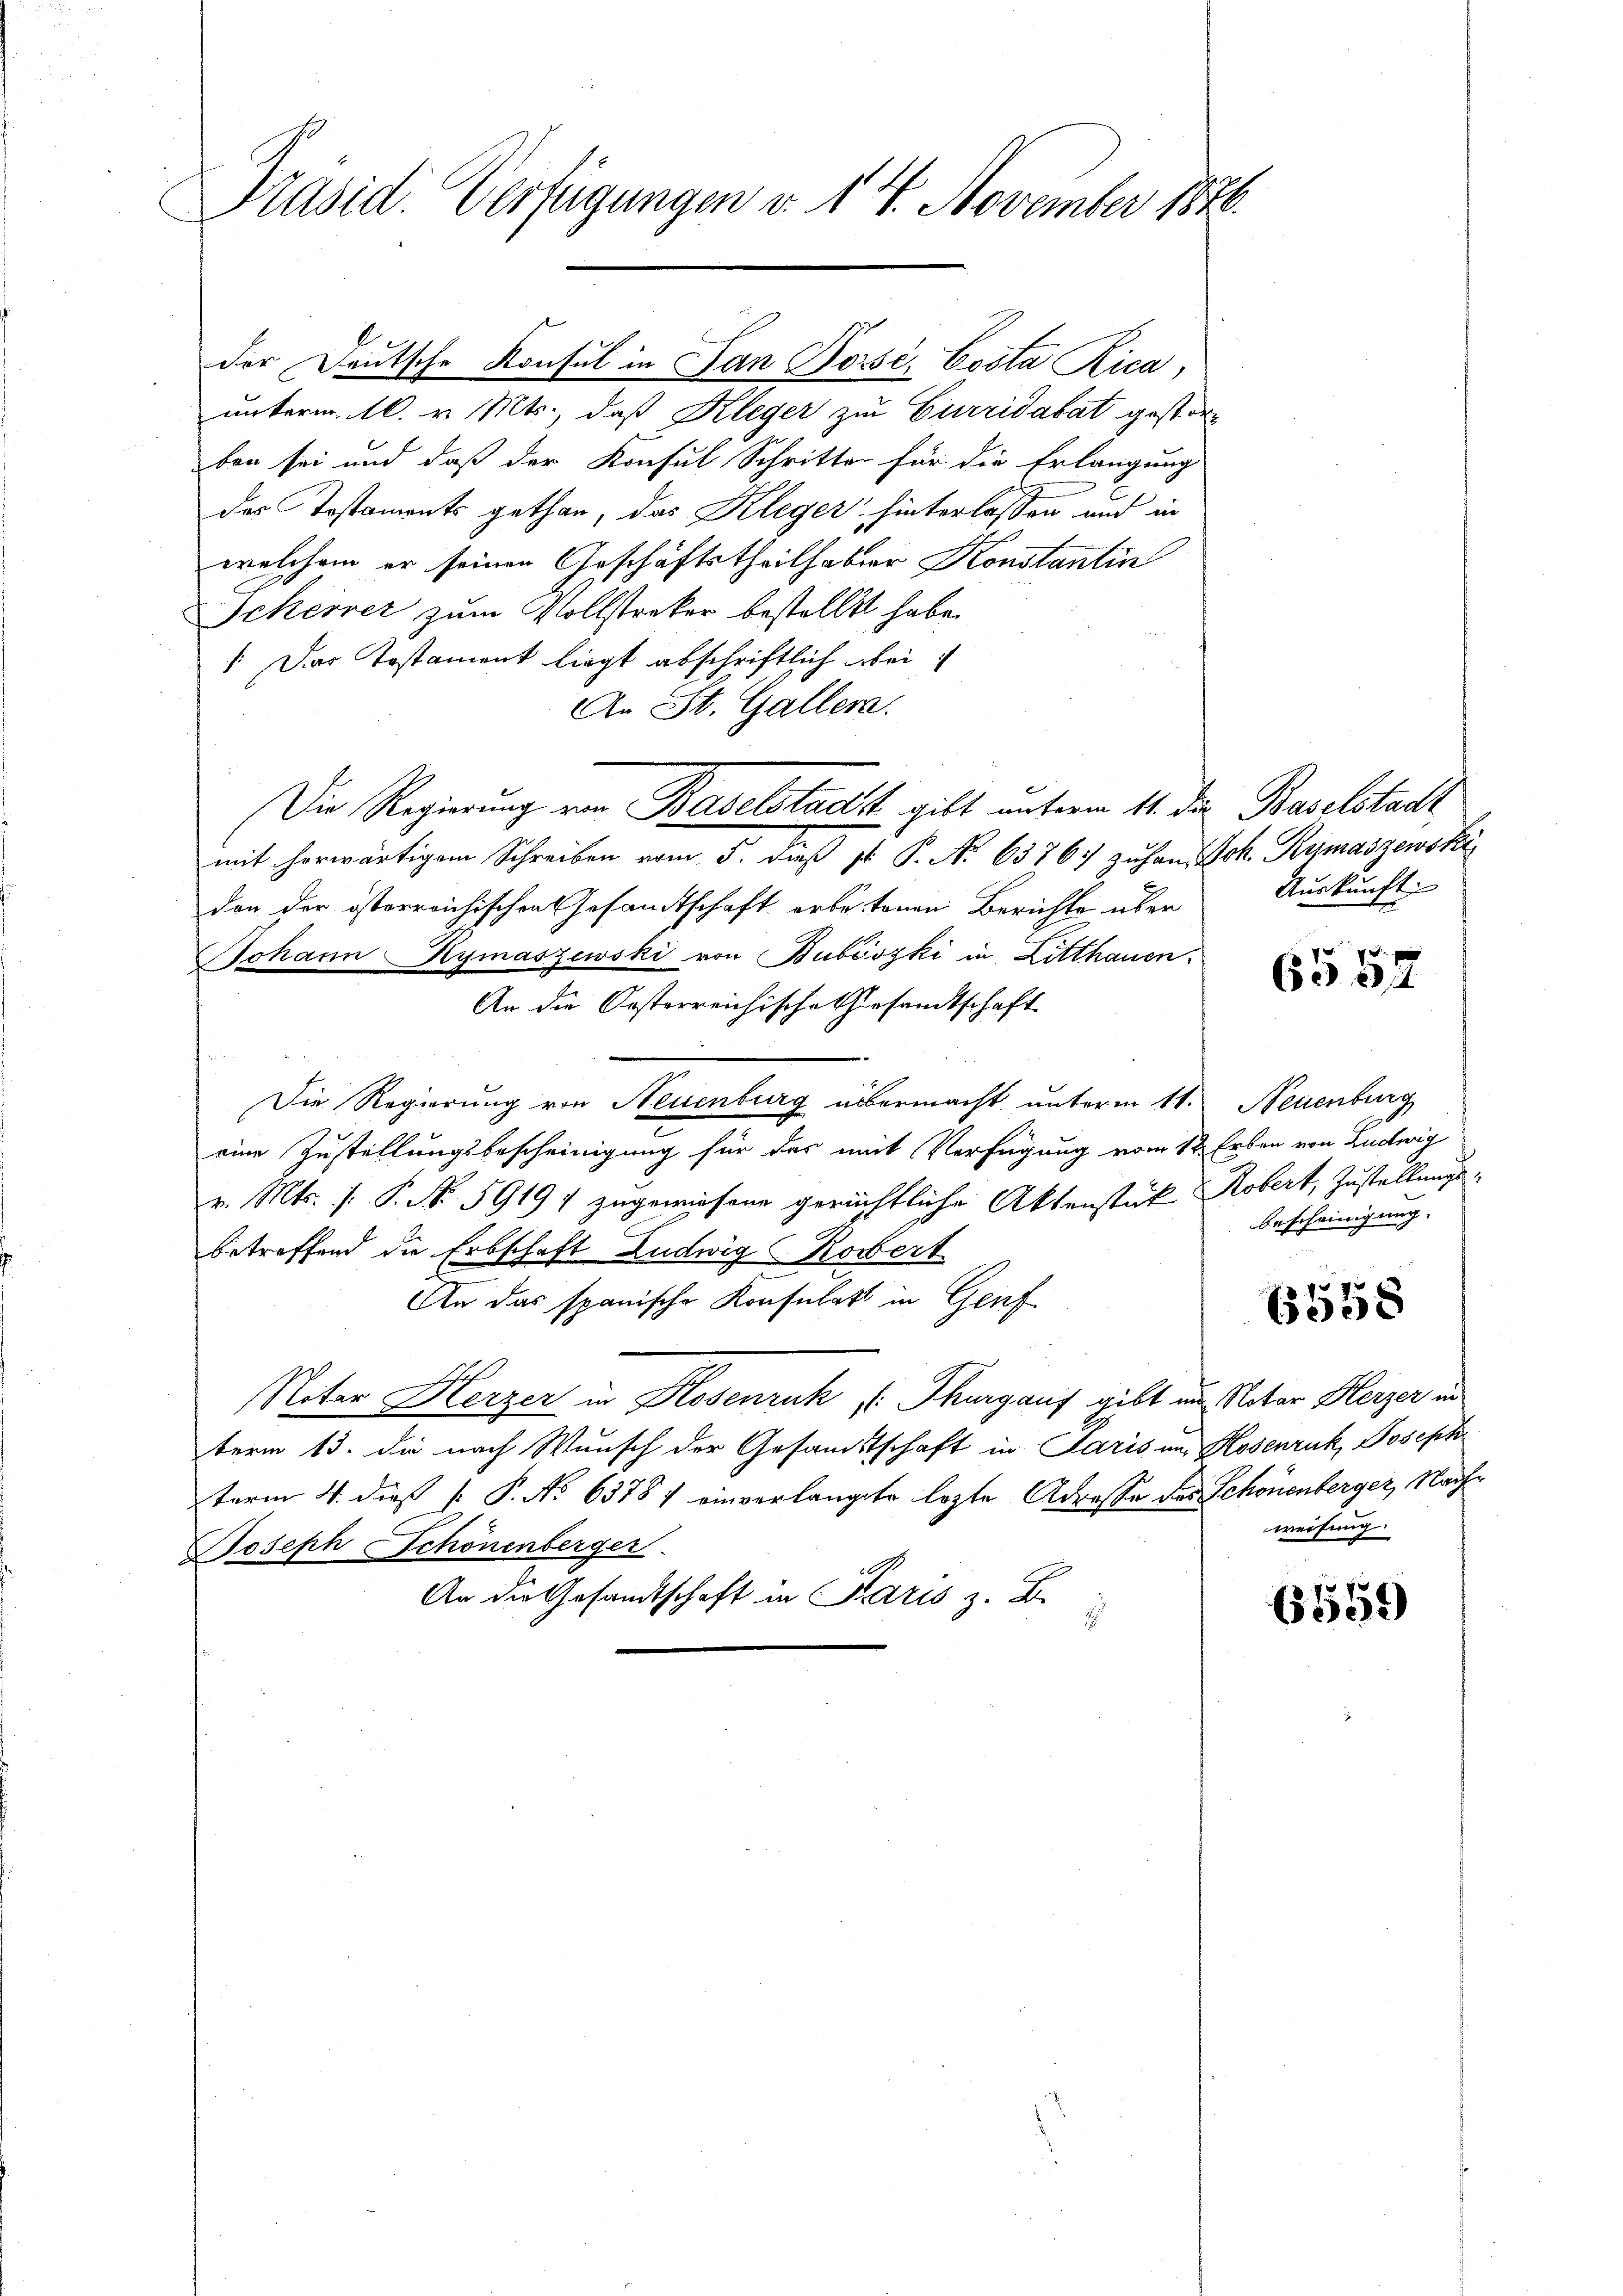
Präsid. Verfügungen v. 14. November 1846.

der Deutsche Konsul in San Bossi, Costa Rica,
unterm 10. v. Mts., daß Kleger zu Gurridabat gestorben sei und daß der Konsul Schritte für die Erlangung
des Testaments gethan, das Kleger hinterlassen und in
welchem er seinen Geschäftstheilhaber Konstantin
Schever zum Vollstreker bestellt habe.
: Das Testament liegt abschriftlich bei
An St. Gallen.
Die Regierung von Baselstadt gibt unterm 11. der Baselstadt
mit herwärtigem Schreiben vom 5. dieβ st. P. N. 6376 zŭhan Joh. Kymaszewski
don der österreichischen Gesandtschaft erbetonen Berichte über
Johann Kymaszewski von Bubiszki in Litthauen.
An die Oesterreichische Gersandtschaft
Die Regierung von Neuenburg übermacht unterm 11. Neuenburg
eine Zustellungsbescheinigung für das mit Verfügung vom 12. Erben von Ludwig
v. Mts. /: P. N. 59197 zugewiesene gerichtliche Aktenstück Robert, Zustellungsbetreffend die Erbschaft Ludwig Korbert.
An das spanische Konsulat in Genf
Nater Herzer in Klosenruk, Thurgauf gibt und Notar Herzer in
term 13. die nach Wunsch der Gesandtschaft in Paris und Hosenruk, Joseph
term 4. dieß P. No 63787 einverlangte lezte Adresse das Schönenberger, Nach¬
Joseph Schönenberger
i
An die Gesandtschaft in Paris z. B.
2

Auskunft.

6557

Bescheinigung.

6558

weisung.

6559